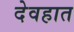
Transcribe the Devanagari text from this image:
देवहात